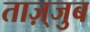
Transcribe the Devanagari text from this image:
ताज़्जुब